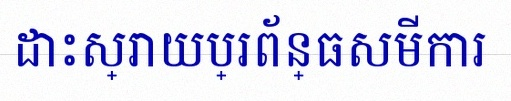
ដោះស្រាយប្រព័ន្ធសមីការ